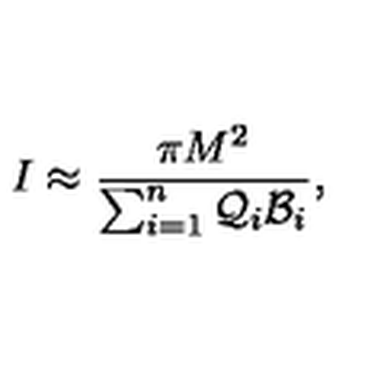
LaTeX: I \approx { \frac { \pi M ^ { 2 } } { \sum _ { i = 1 } ^ { n } { \cal Q } _ { i } { \cal B } _ { i } } } ,